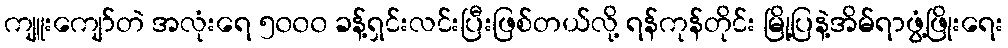
ကျူးကျော်တဲ အလုံးရေ ၅၀၀၀ ခန့်ရှင်းလင်းပြီးဖြစ်တယ်လို့ ရန်ကုန်တိုင်း မြို့ပြနဲ့အိမ်ရာဖွံ့ဖြိုးရေး